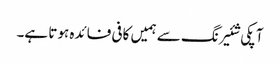
آپکی شئیرنگ سے ہمیں کافی فائدہ ہوتا ہے۔